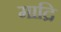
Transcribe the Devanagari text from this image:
माद्रि